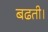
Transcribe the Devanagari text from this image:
बढती।